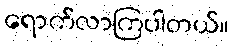
ရောက်လာကြပါတယ်။